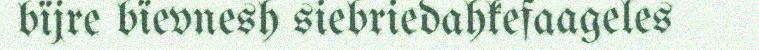
bïjre bïevnesh siebriedahkefaageles